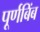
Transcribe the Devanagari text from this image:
पूर्णबिंब